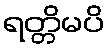
ရတ္တိမပိ